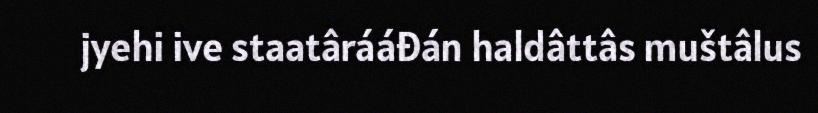
jyehi ive staatârááđán haldâttâs muštâlus